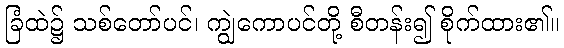
ခြံထဲ၌ သစ်တော်ပင်၊ ကျွဲကောပင်တို့ စီတန်း၍ စိုက်ထား၏။